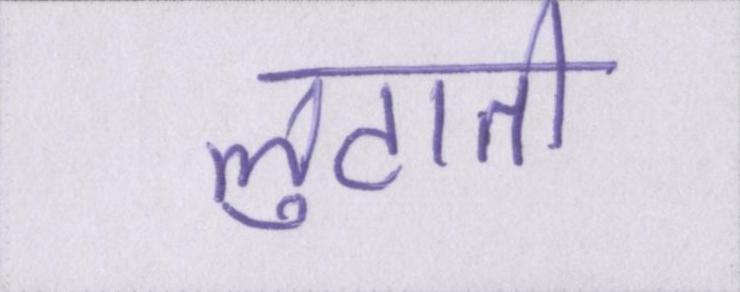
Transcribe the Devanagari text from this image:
लुटाती